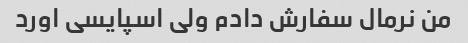
من نرمال سفارش دادم ولی اسپایسی اورد